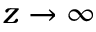
z \to \infty